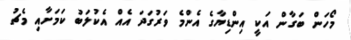
މޯހަން ބަގާން އަކީ އިންޑިޔާގެ އެންމެ ވަރުގަދަ އެއް އެކުލަބު ކަމަށާއި މެޗު